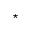
\star